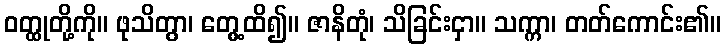
ဝတ္ထုတို့ကို။ ဖုသိတွာ၊ တွေ့ထိ၍။ ဇာနိတုံ၊ သိခြင်းငှာ။ သက္ကာ၊ တတ်ကောင်း၏။